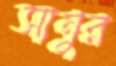
সানুর